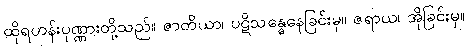
ထိုရဟန်းပုဏ္ဏားတို့သည်။ ဇာတိယာ၊ ပဋိသန္ဓေနေခြင်းမှ။ ဇရာယ၊ အိုခြင်းမှ။